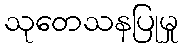
သုတေသနပြုမှု